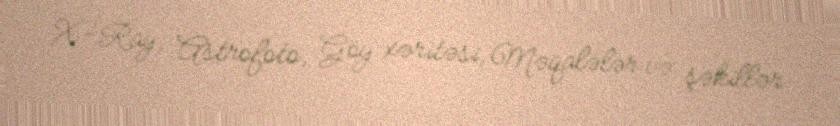
X-Ray, Astrofoto, Göy xəritəsi, Məqalələr və şəkillər.